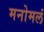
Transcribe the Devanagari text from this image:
मनोमलं